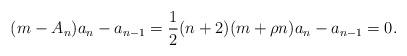
LaTeX: \begin{align*}(m-A_n)a_n-a_{n-1}=\frac{1}{2}(n+2)(m+\rho n)a_n-a_{n-1}=0.\end{align*}